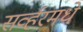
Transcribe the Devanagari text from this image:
सर्व्हरमधे